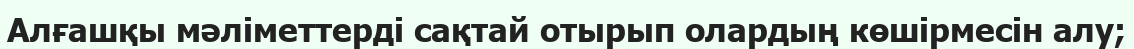
Алғашқы мәліметтерді сақтай отырып олардың көшірмесін алу;